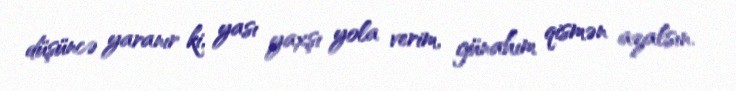
düşüncə yaranır ki, yası yaxşı yola verim, günahım qismən azalsın.